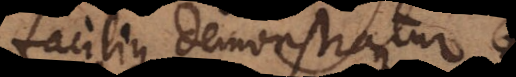
acilius demonstrantur